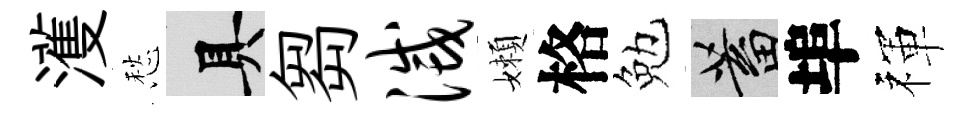
濩愁具芻灭嬾格勉蓄埠禈